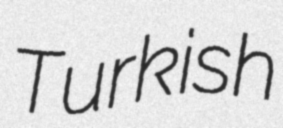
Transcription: Turkish